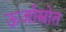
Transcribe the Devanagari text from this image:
ऊर्जास्त्रोत